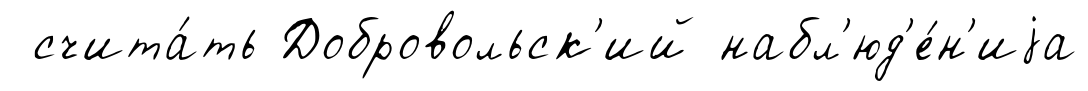
счита́ть Добровольск'ий набл'юд'е́н'иjа